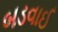
બડવાઈ